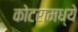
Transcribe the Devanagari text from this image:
कोटरामध्ये